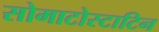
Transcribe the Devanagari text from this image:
सोमाटोस्टाटिन